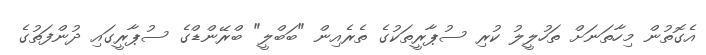
އެގޮތުން މިހާތަނަށް ތަހުލީލު ކުރި ސުޕާރީތަކުގެ ތެރެއިން "ބަބްލީ" ބްރޭންޑްގެ ސުޕާރީގައި ދުންފަތުގެ